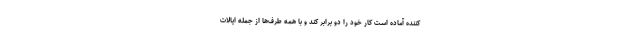
کننده آماده است کار خود را دو برابر کند و با همه طرف‌ها از جمله ایالات